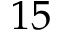
1 5